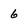
Character: 6